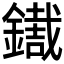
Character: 𨭓